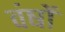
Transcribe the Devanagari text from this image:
वंषों